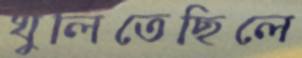
খুলিতেছিলে